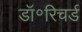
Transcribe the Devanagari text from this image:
डॉ॰रिचर्ड